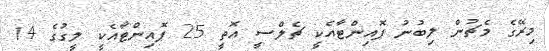
މިރޭގެ މެޗުން ލިބުނު ޕޮއިންޓާއެކީ ޗެލްސީ އޮތީ 25 ޕޮއިންޓާއެކީ ލީގުގެ 14